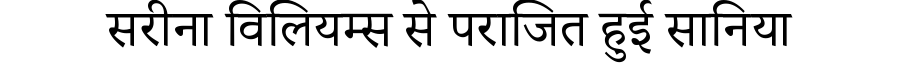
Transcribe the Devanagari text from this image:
सरीना विलियम्स से पराजित हुई सानिया